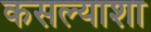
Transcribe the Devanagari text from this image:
कसल्याशा